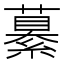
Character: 繤